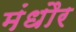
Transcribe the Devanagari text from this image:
मंधौर